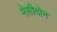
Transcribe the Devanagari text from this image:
मेसीदोन